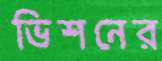
ভিশনের